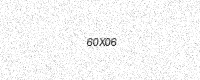
Text: 60X06